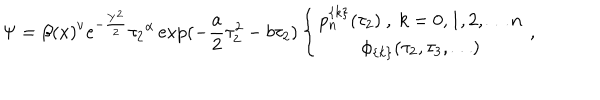
\Psi = { \beta ( x ) } ^ { \nu } e ^ { - \frac { Y ^ { 2 } } { 2 } } { \tau _ { 2 } } ^ { \alpha } \exp ( - \frac { a } { 2 } \tau _ { 2 } ^ { 2 } - b \tau _ { 2 } ) \left\{ \begin{array} { c } { { p _ { n } ^ { \{ k \} } ( \tau _ { 2 } ) \ , \ k = 0 , 1 , 2 , \ldots n } } \\ { { \phi _ { \{ k \} } ( \tau _ { 2 } , \tau _ { 3 } , \ldots ) } } \\ \end{array} \ , \right.